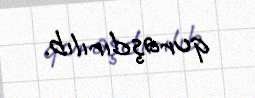
quraşdırılıb.